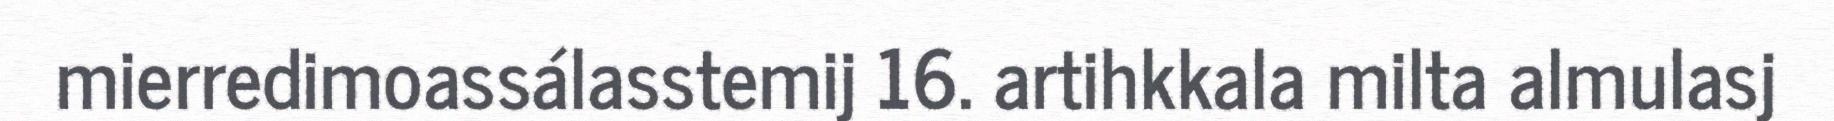
mierredimoassálasstemij 16. artihkkala milta almulasj